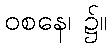
ဝစနေ၊ ၌။